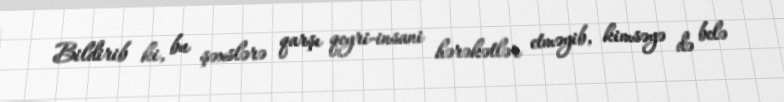
Bildirib ki, bu şəxslərə qarşı qeyri-insani hərəkətlər etməyib, kimsəyə də belə